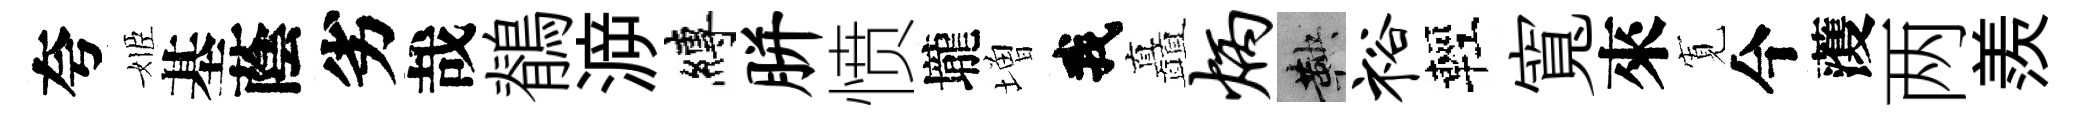
夸姬基蔭劣哉鶺㴑縛胼愤壠増我矗炳鞅裕輕寬來𡩖今𮑮两羨